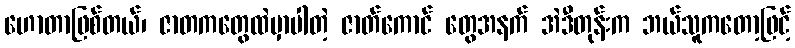
ဟောတာဖြစ်တယ်၊ ဇာတကတွေထဲမှာပါတဲ့ ဇာတ်ကောင် တွေအနက် အဲဒီတုန်းက ဘယ်သူကတော့ဖြင့်